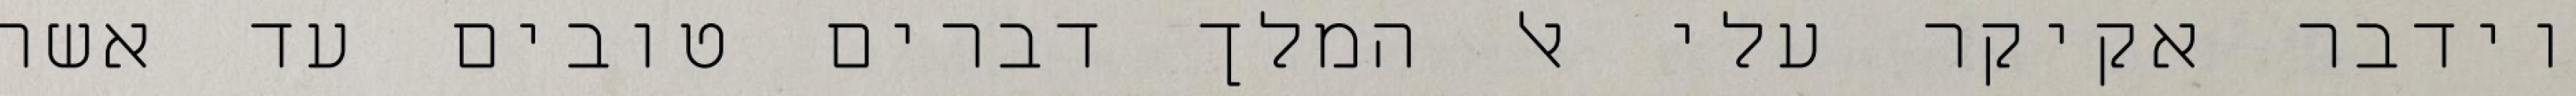
וידבר אקיקר עלי אל המלך דברים טובים עד אשר